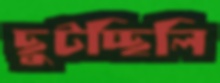
ছুটচ্ছিলি